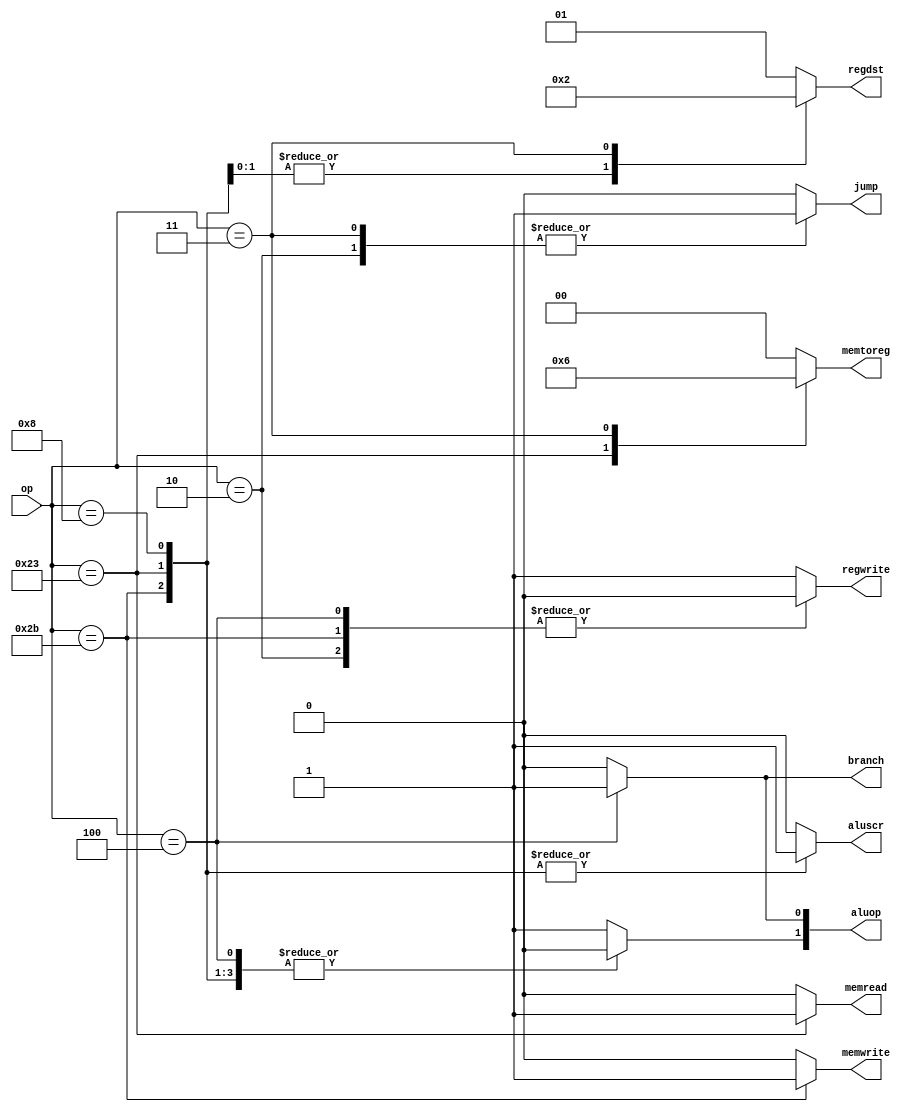
module control_unit (
	input[5:0] 	op,
  	output reg [1:0] regdst,
  	output reg regwrite,
	output 	reg branch,
	output	reg jump,
	output	reg memread,
  	output reg [1:0]memtoreg,
  	output reg memwrite,
	output	reg [1:0] aluop,
	output	reg aluscr );

	always @(*) begin
		// default
		// R-type
		branch 		<= 1'b0;
		jump 		<= 1'b0;
		memread 	<= 1'b0;
      	memtoreg[1:0]	<= 2'b00;
		memwrite	<= 1'b0;
		aluop[1:0]	<= 2'b10;
		aluscr		<= 1'b0;
      	regdst[1:0] <= 2'b01;
		regwrite	<= 1'b1;

		case(op)
			6'b10_0011: begin // lw
				regdst[1:0]	<= 2'b00;
				memread		<= 1'b1;
              	aluop[1:0]	<= 2'b00;
				aluscr		<= 1'b1;
              memtoreg[1:0]	<= 2'b01;
			end
			6'b10_1011: begin // sw
              	aluop[1]	<= 1'b0;
				aluscr		<= 1'b1;
				memwrite 	<= 1'b1;
				regwrite	<= 1'b0;
			end
			6'b00_0100: begin // beq
				branch		<= 1'b1;
				aluop[1:0]	<= 2'b01;
				regwrite	<= 1'b0;
			end
			6'b00_1000: begin // addi
              	regdst[1:0] <= 2'b00;
				aluop[1] 	<= 1'b0;
				aluscr   	<= 1'b1;
			end
          	6'b00_0010: begin //jump
              jump	<= 1'b1;
              regwrite	<= 1'b0;
            end
          	6'b00_0011: begin
              jump <= 1'b1;
              regdst[1:0]	<= 2'b10;
              memtoreg[1:0]	<= 2'b10;

            end
			6'b00_0000: begin // add
			end
		endcase
	end
endmodule